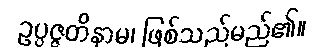
ဥပ္ပဇ္ဇတိနာမ၊ ဖြစ်သည်မည်၏။